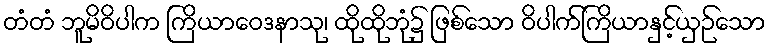
တံတံ ဘူမိဝိပါက ကြိယာဝေဒနာသု၊ ထိုထိုဘုံ၌ ဖြစ်သော ဝိပါက်ကြိယာနှင့်ယှဉ်သော